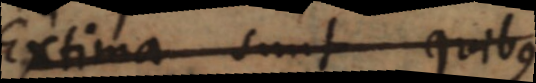
Extima sunt pu